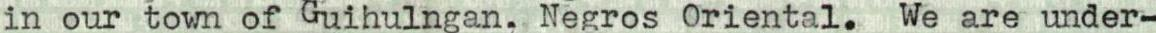
in our town of Guihulngan, Negros Oriental. We are under-